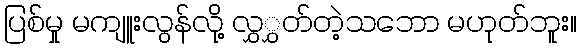
ပြစ်မှု မကျူးလွန်လို့ လွှွှတ်တဲ့သဘော မဟုတ်ဘူး။